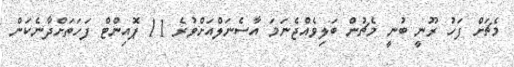
މެޗަށް ފަހު ރޫނީ ބުނީ މެޗުން ބަލިވެއްޖެނަމަ އާސެނަލްއަށްވުރެ 11 ޕޮއިންޓް ފަހަތަށްދާނެކަން